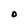
Character: O